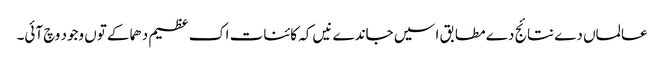
عالماں دے نتائج دے مطابق اسیں جاندے نیں کہ کائنات اک عظیم دھماکے تو‏ں وجود وچ آئی۔